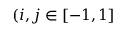
( i , j \in [ - 1 , 1 ]